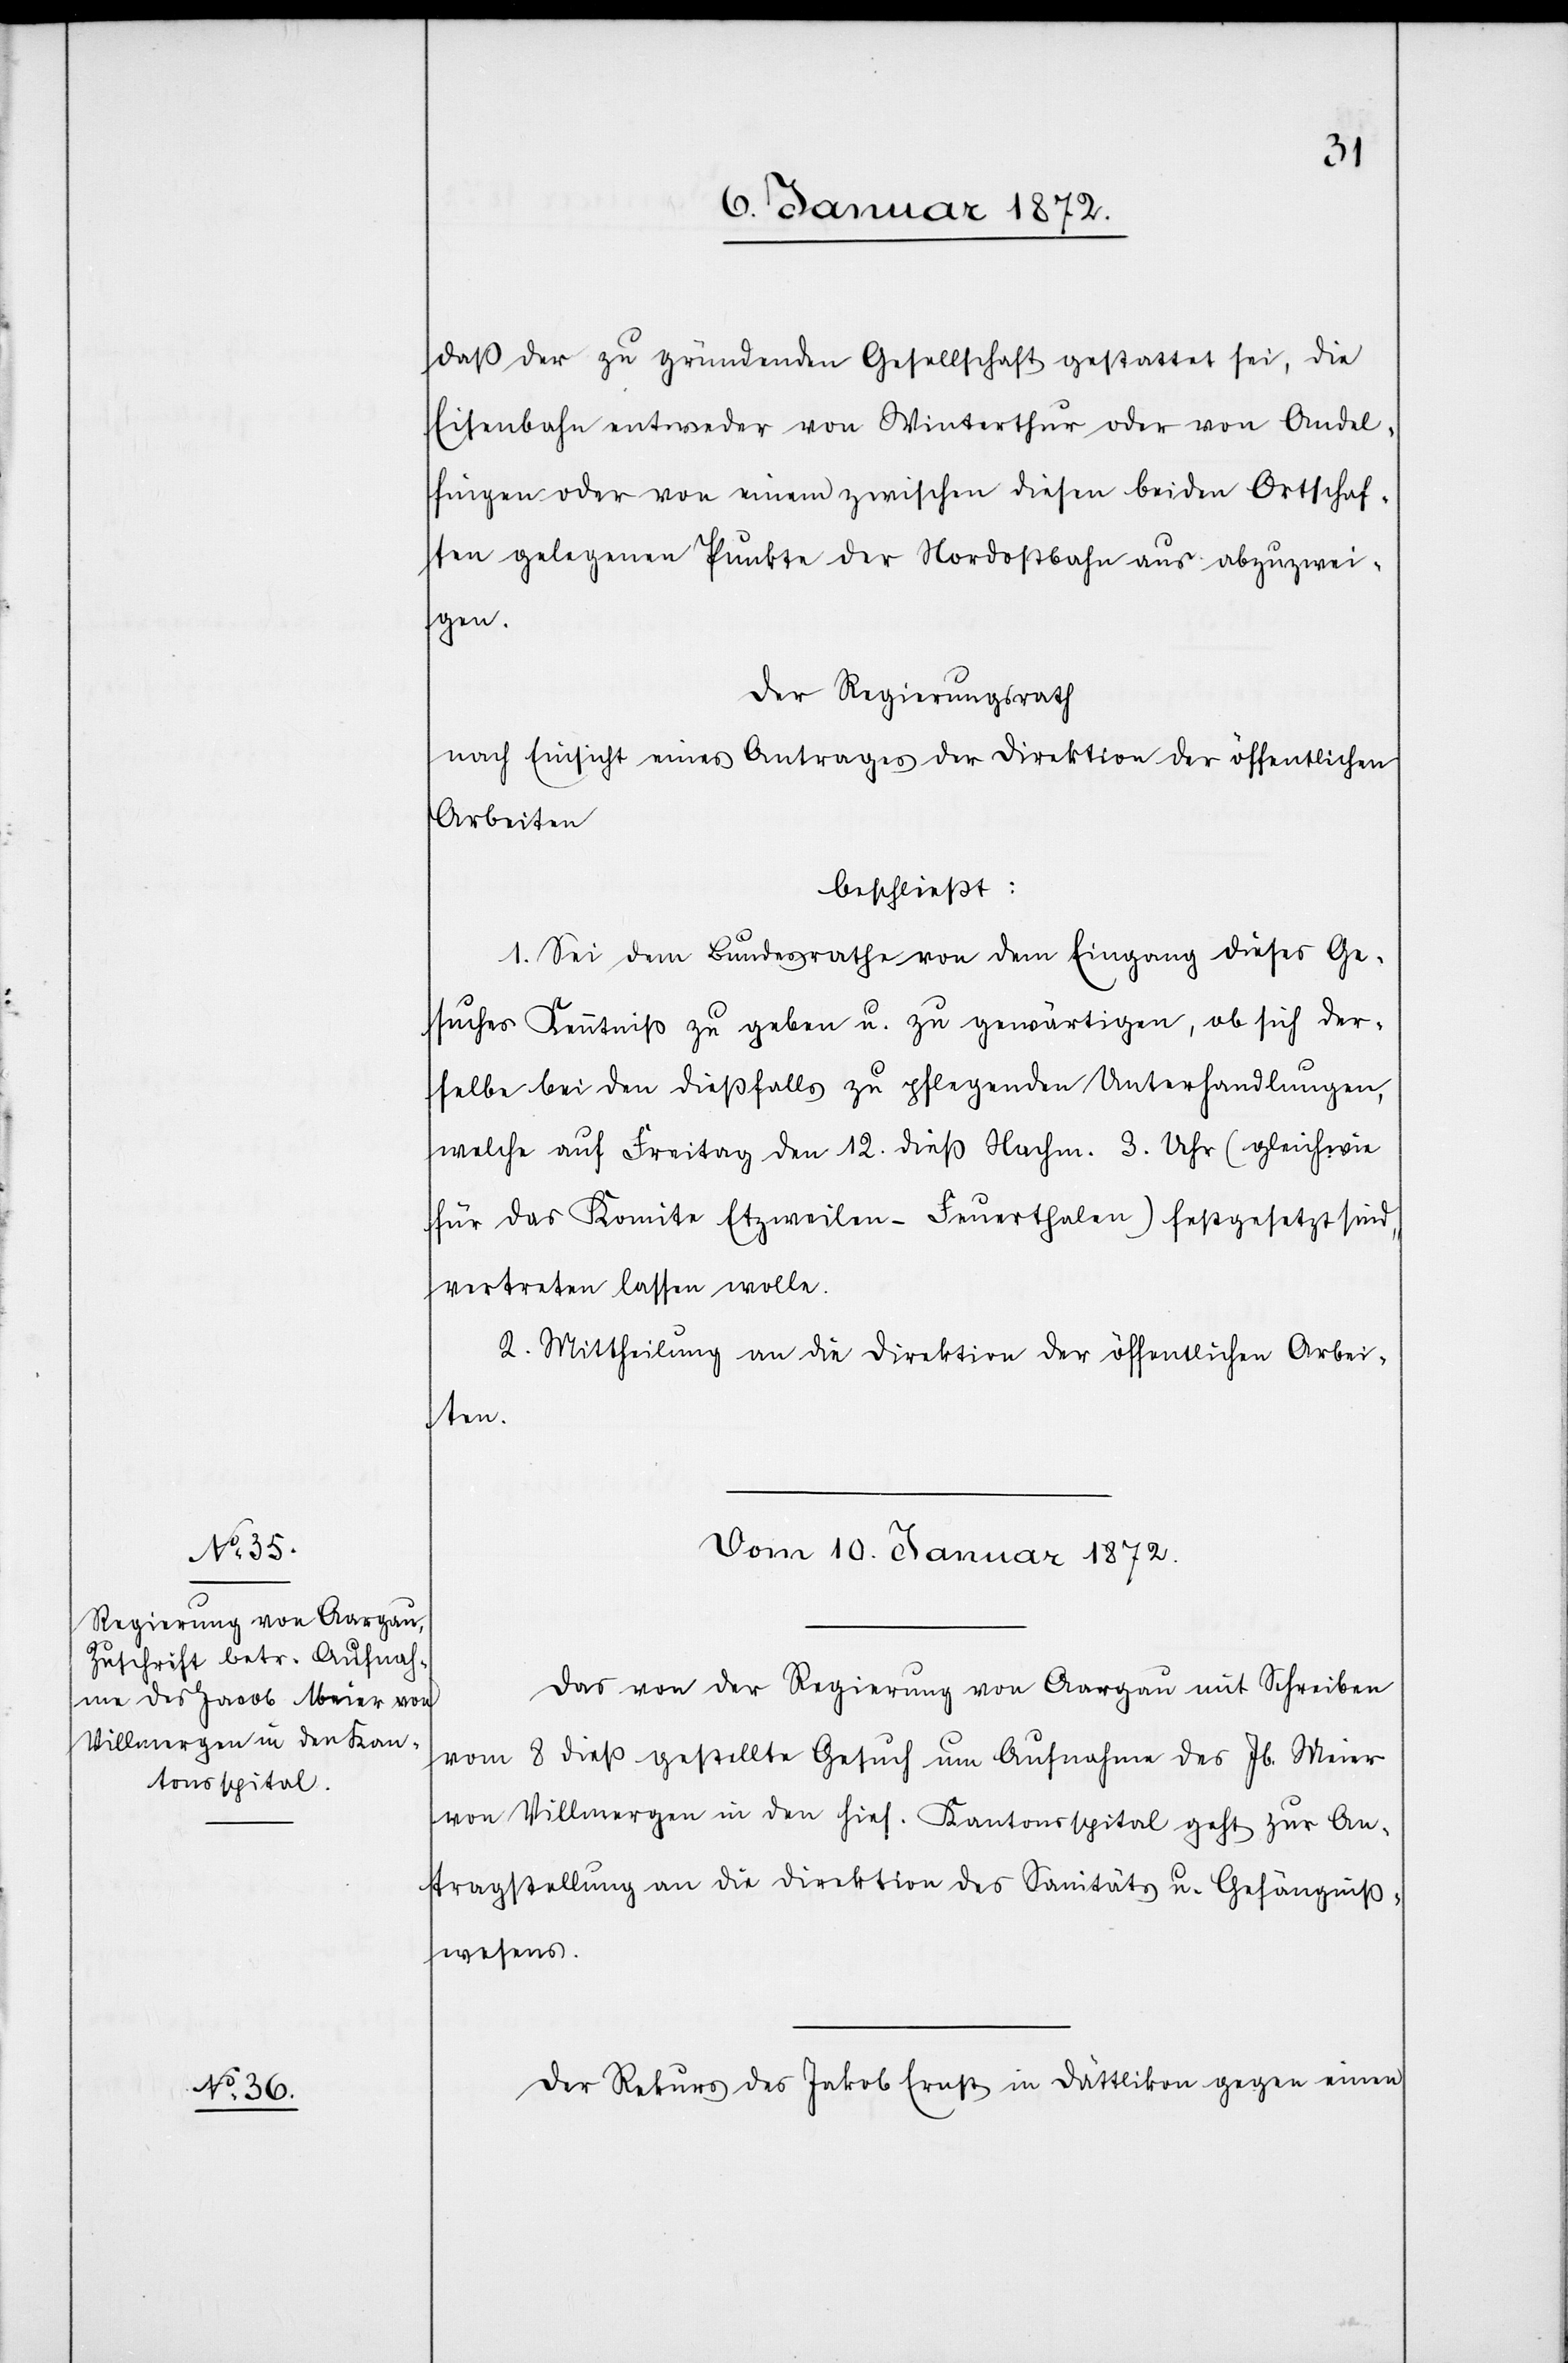
daß der zu gründenden Gesellschaft gestattet sei, die
Eisenbahn entweder von Winterthur oder von Andel¬
fingen oder von einem zwischen diesen beiden Ortschaf¬
ten gelegenen Punkte der Nordostbahn aus abzuzwei¬
gen.
Der Regierungsrath
nach Einsicht eines Antrages der Direktion der öffentlichen
Arbeiten
beschließt:
1. Sei dem Bundesrathe von dem Eingang dieses Ge¬
suches Kenntniß zu geben u. zu gewärtigen, ob sich der¬
selbe bei den dießfalls zu pflegenden Unterhandlungen,
welche auf Freitag den 12. dieß Nachm. 3. Uhr (gleichwie
für das Komite Etzweilen–Feuerthalen) festgesetzt sind,
vertreten lassen wolle.
2. Mittheilung an die Direktion der öffentlichen Arbei¬
ten.
Vom 10. Januar 1872.]
Das von der Regierung von Aargau mit Schreiben
vom 8 dieß gestellte Gesuch um Aufnahme des Jb. Meier
von Villmergen in den hies. Kantonsspital geht zur An¬
tragsstellung an die Direktion des Sanitäts u. Gefängniß¬
wesens.
Der Rekurs des Jakob Ernst in Dättlikon gegen einen